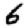
Digit: 6